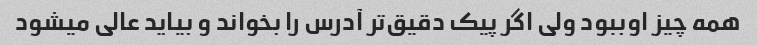
همه چیز اوببود ولی اگر پیک دقیق‌تر آدرس را بخواند و بیاید عالی میشود